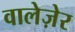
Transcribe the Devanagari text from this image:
वालेज़ेर